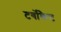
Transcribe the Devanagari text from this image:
टर्बोकैट